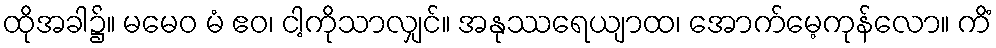
ထိုအခါ၌။ မမေဝ မံ ဧဝ၊ ငါ့ကိုသာလျှင်။ အနုဿရေယျာထ၊ အောက်မေ့ကုန်လော။ ကိံ